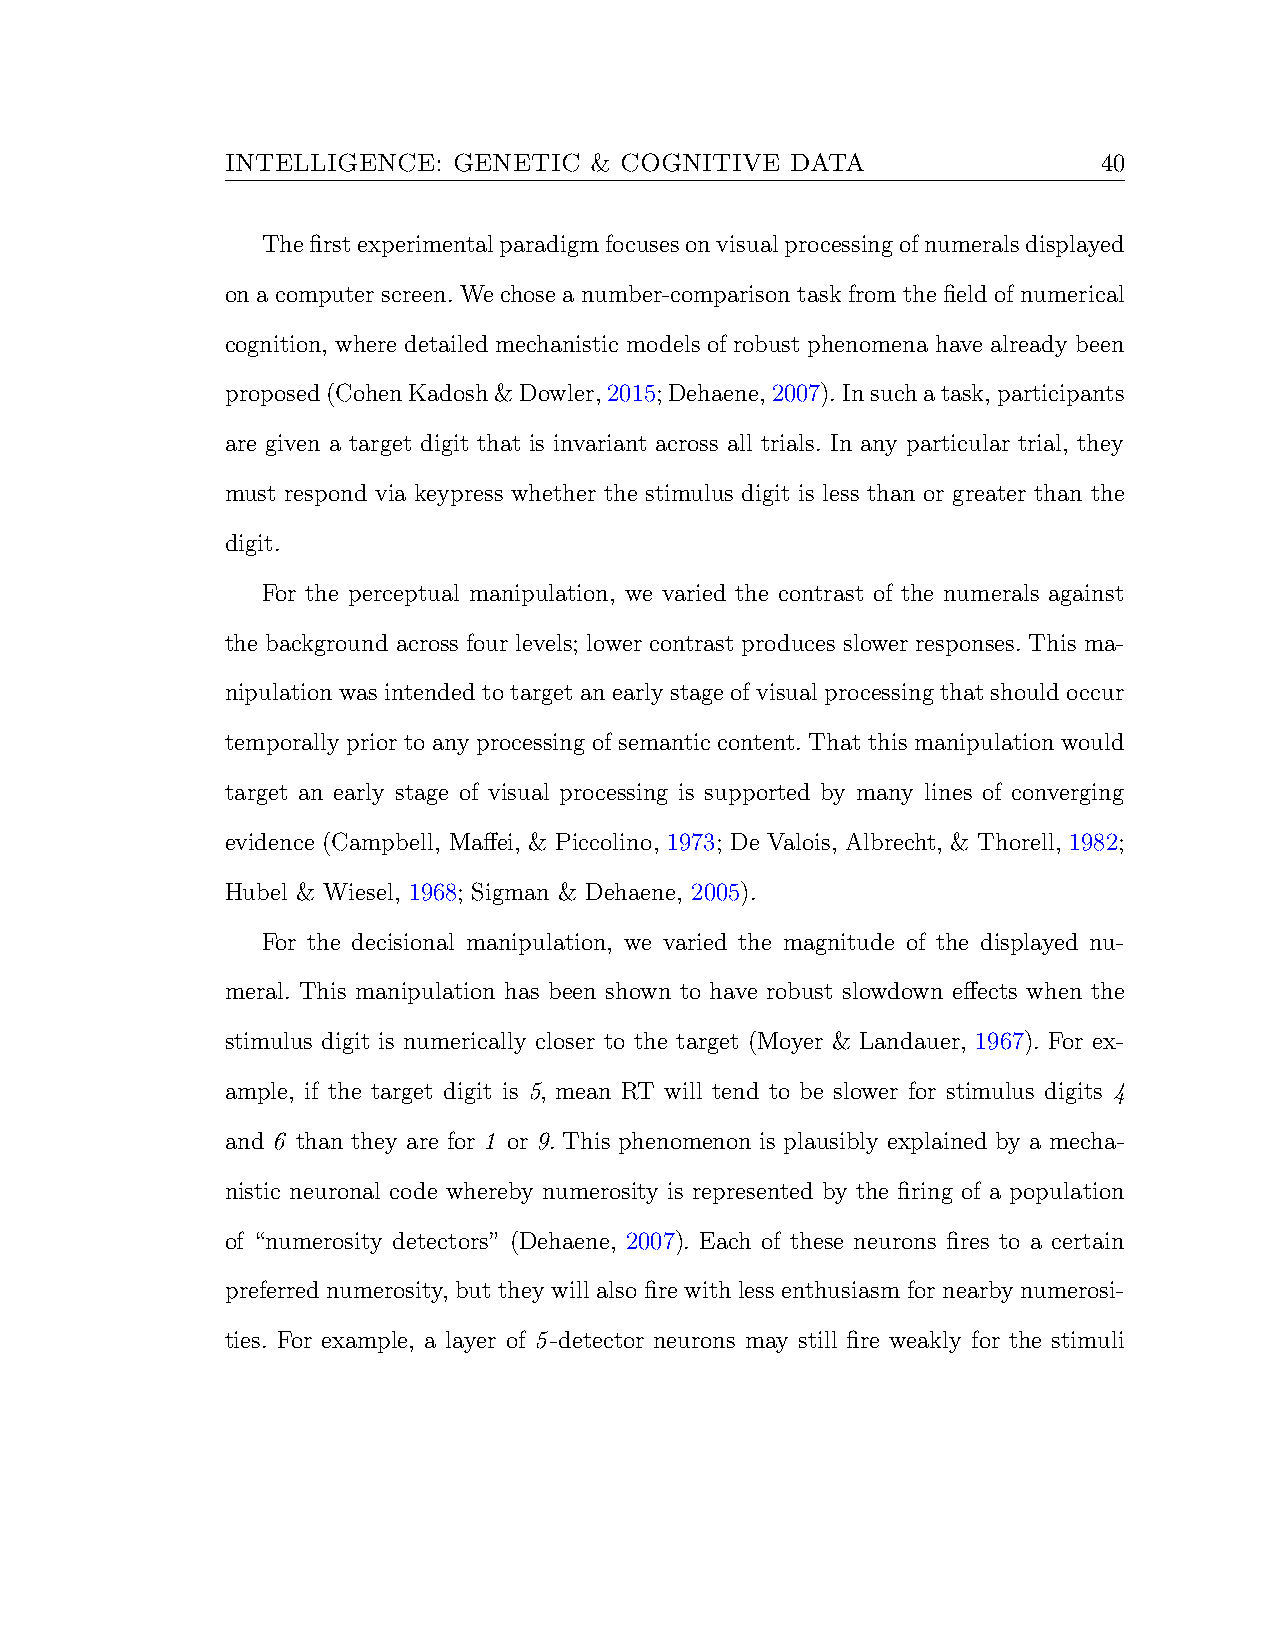
INTELLIGENCE:  GENETIC  & COGNITIVE  DATA                 40
 Thefirstexperimentalparadigmfocusesonvisualprocessingofnumeralsdisplayed
 on a computer screen. We chose a number-comparison task from the field of numerical
 cognition, where detailed mechanistic models of robust phenomena have already been
 proposed(CohenKadosh&Dowler,2015;Dehaene,2007).Insuchatask,participants
 are given a target digit that is invariant across all trials. In any particular trial, they
 must respond via keypress whether the stimulus digit is less than or greater than the
 digit.
 For the perceptual manipulation, we varied the contrast of the numerals against
 the background across four levels; lower contrast produces slower responses. This ma-
 nipulation was intended to target an early stage of visual processing that should occur
 temporally prior to any processing of semantic content. That this manipulation would
 target an early stage of visual processing is supported by many lines of converging
 evidence (Campbell, Maffei, & Piccolino, 1973; De Valois, Albrecht, & Thorell, 1982;
 Hubel & Wiesel, 1968; Sigman & Dehaene, 2005).
 For the decisional manipulation, we varied the magnitude of the displayed nu-
 meral. This manipulation has been shown to have robust slowdown effects when the
 stimulus digit is numerically closer to the target (Moyer & Landauer, 1967). For ex-
 ample, if the target digit is 5, mean RT will tend to be slower for stimulus digits 4
 and 6 than they are for 1 or 9. This phenomenon is plausibly explained by a mecha-
 nistic neuronal code whereby numerosity is represented by the firing of a population
 of “numerosity detectors” (Dehaene, 2007). Each of these neurons fires to a certain
 preferred numerosity, but they will also fire with less enthusiasm for nearby numerosi-
 ties. For example, a layer of 5-detector neurons may still fire weakly for the stimuli